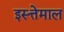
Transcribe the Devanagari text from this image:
इस्त्तेमाल